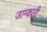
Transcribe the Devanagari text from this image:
जाम्कारी